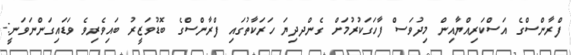
ފްރާންސްގެ އަސްކަރިއްޔާއިން މިދުވަސް ފާހަގަކުރުމަށް ގެންދދިޔަ ހަރަކާތުގައި ފްރާންސްގެ ބޮޑުވަޒީރު ބައިވެރިވެ ވަޑައިގަންނަވަނީ:-